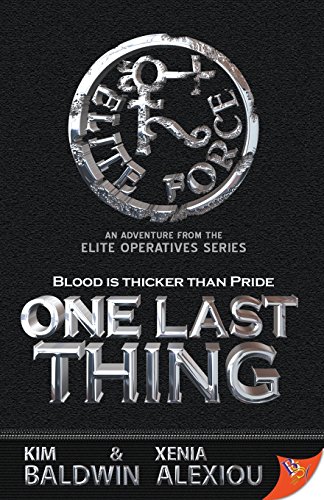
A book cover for One Last Thing (The Elite Operatives); Kim Baldwin; Romance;